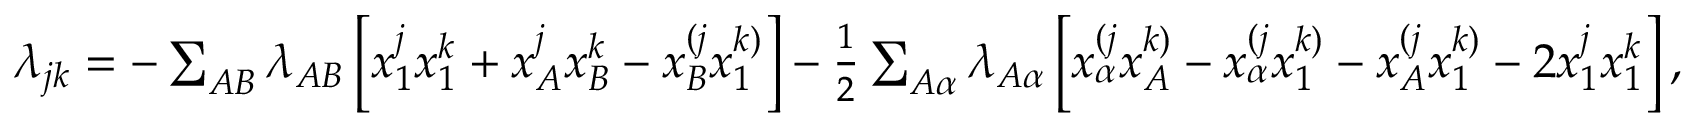
\begin{array} { r } { \lambda _ { j k } = - \sum _ { A B } \lambda _ { A B } \left[ x _ { 1 } ^ { j } x _ { 1 } ^ { k } + x _ { A } ^ { j } x _ { B } ^ { k } - x _ { B } ^ { ( j } x _ { 1 } ^ { k ) } \right] - \frac 1 2 \sum _ { A \alpha } \lambda _ { A \alpha } \left[ x _ { \alpha } ^ { ( j } x _ { A } ^ { k ) } - x _ { \alpha } ^ { ( j } x _ { 1 } ^ { k ) } - x _ { A } ^ { ( j } x _ { 1 } ^ { k ) } - 2 x _ { 1 } ^ { j } x _ { 1 } ^ { k } \right] , } \end{array}